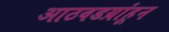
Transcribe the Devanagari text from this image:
आठवडय़ांहून